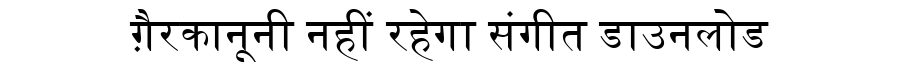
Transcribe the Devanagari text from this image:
ग़ैरकानूनी नहीं रहेगा संगीत डाउनलोड